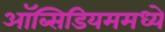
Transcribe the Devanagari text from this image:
ऑब्सिडियममध्ये